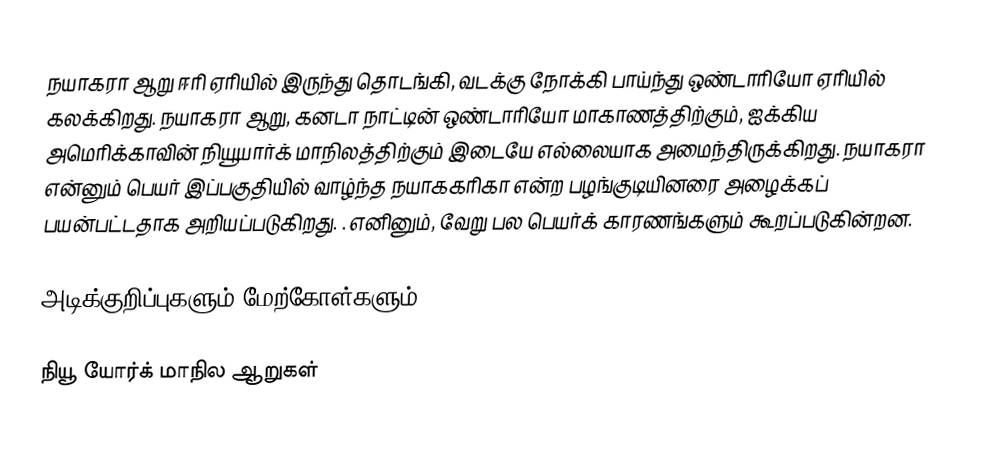
நயாகரா ஆறு ஈரி ஏரியில் இருந்து தொடங்கி, வடக்கு நோக்கி பாய்ந்து ஒண்டாரியோ ஏரியில் கலக்கிறது. நயாகரா ஆறு, கனடா நாட்டின் ஒண்டாரியோ மாகாணத்திற்கும், ஐக்கிய அமெரிக்காவின் நியூயார்க் மாநிலத்திற்கும் இடையே எல்லையாக அமைந்திருக்கிறது. நயாகரா என்னும் பெயர் இப்பகுதியில் வாழ்ந்த நயாககரிகா என்ற பழங்குடியினரை அழைக்கப் பயன்பட்டதாக அறியப்படுகிறது. . எனினும், வேறு பல பெயர்க் காரணங்களும் கூறப்படுகின்றன.

அடிக்குறிப்புகளும் மேற்கோள்களும்

நியூ யோர்க் மாநில ஆறுகள்